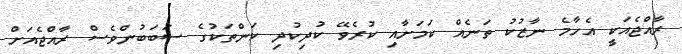
ރާއްޖެއަކީ އެހާމެ ނާޒުކު ތަނެއް ކަމަށާއި ކުރެވޭ ކުދިކުދި ކަންތަކުގެ ސަބަބުންވެސް ރާއްޖެއަށް